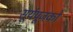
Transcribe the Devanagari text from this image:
सूर्यपूजको